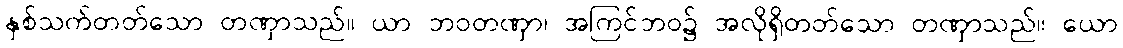
နှစ်သက်တတ်သော တဏှာသည်။ ယာ ဘဝတဏှာ၊ အကြင်ဘဝ၌ အလိုရှိတတ်သော တဏှာသည်။ ယော